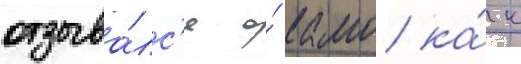
отзыва́лс'я о́ камо ка́к